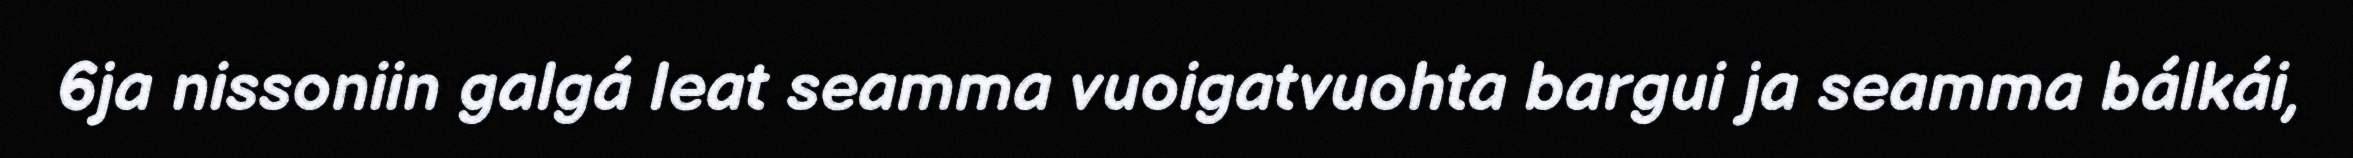
6ja nissoniin galgá leat seamma vuoigatvuohta bargui ja seamma bálkái,